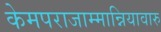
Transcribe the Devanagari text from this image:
केमपराजाम्मान्नियावारु